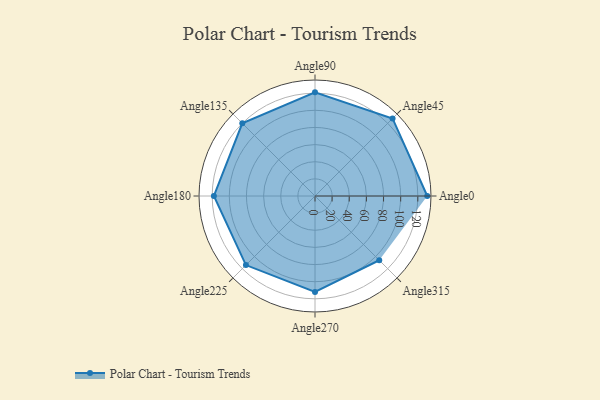
{"axis": {"x": "Angle", "y": "Radius"}, "legend": [""], "data": [{"x": "Angle0", "y": 131.0, "type": ""}, {"x": "Angle45", "y": 128.0, "type": ""}, {"x": "Angle90", "y": 121.0, "type": ""}, {"x": "Angle135", "y": 120.0, "type": ""}, {"x": "Angle180", "y": 118.0, "type": ""}, {"x": "Angle225", "y": 114.0, "type": ""}, {"x": "Angle270", "y": 112.0, "type": ""}, {"x": "Angle315", "y": 106.0, "type": ""}]}